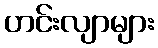
ဟင်းလျာများ